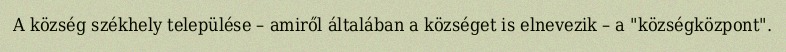
A község székhely települése – amiről általában a községet is elnevezik – a "községközpont".